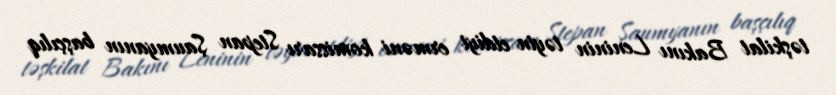
təşkilat Bakını Leninin təyin etdiyi erməni komissarı Stepan Şaumyanın başçılıq